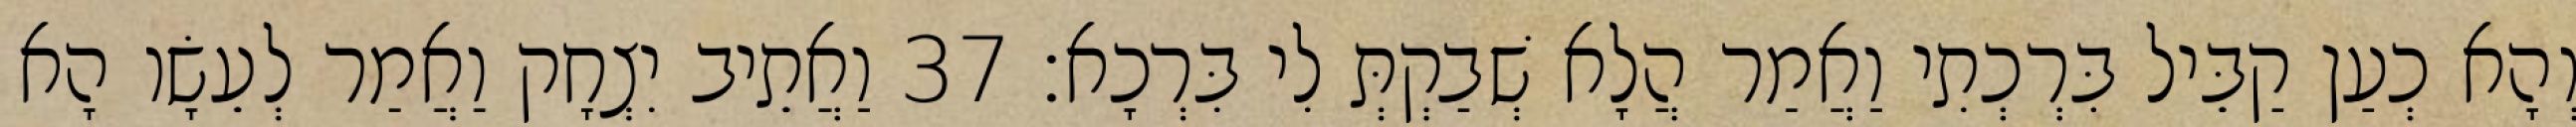
וְהָא כְעַן קַבֵּיל בִּרְכְתִי וַאֲמַר הֲלָא שְׁבַקְתְּ לִי בִּרְכָא׃ 37 וַאֲתֵיב יִצְחָק וַאֲמַר לְעֵשָׂו הָא